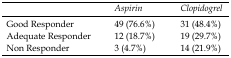
<table><thead><tr><td></td><td><b><i>Aspirin</i></b></td><td><b><i>Clopidogrel</i></b></td></tr></thead><tbody><tr><td>Good Responder</td><td>49 (76.6%)</td><td>31 (48.4%)</td></tr><tr><td>Adequate Responder</td><td>12 (18.7%)</td><td>19 (29.7%)</td></tr><tr><td>Non Responder</td><td>3 (4.7%)</td><td>14 (21.9%)</td></tr></tbody></table>